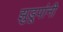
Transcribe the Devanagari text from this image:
झुडूपांनी